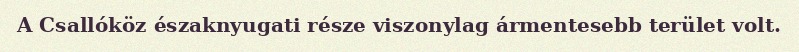
A Csallóköz északnyugati része viszonylag ármentesebb terület volt.